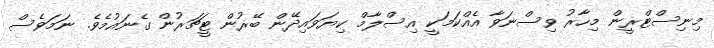
މިނިސްޓްރީން މިހާރު ވިސްނަވާ އެއްކަމަކީ އިސްލާމް ކިޔަވައިދޭން ބޭރުން ޓީޗަރުން ގެނައުމެވެ. ނަމަވެސް